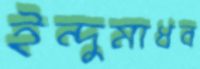
ইন্দুমাধব